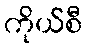
ကိုယ်စီ